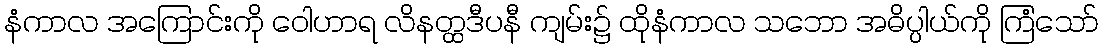
နံကာလ အကြောင်းကို ဝေါဟာရ လိနတ္ထဒီပနီ ကျမ်း၌ ထိုနံကာလ သဘော အဓိပ္ပါယ်ကို ကြံသော်